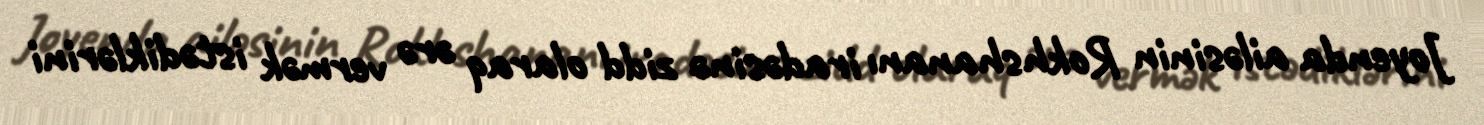
Joyenda ailəsinin Rokhshananı iradəsinə zidd olaraq ərə vermək istədiklərini